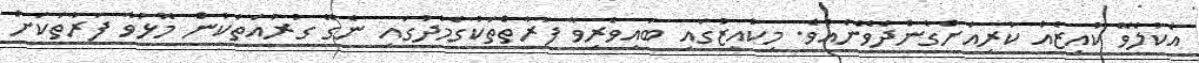
އެކުލެވޭ ކުއިޒެއް ކުރިއަށްގެންދެވޭނެއެވެ. މިކުއިޒުގައި ބައިވެރިވާ ފަރާތްތަކުގެމެދުގައި ނެގޭ ގުރުއަތަކުން މޮޅުވާ ފަރާތަކަށް